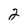
Character: 2